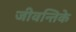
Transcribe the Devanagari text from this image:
जीवन्तिके